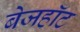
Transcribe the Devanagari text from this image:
बेजहॉट